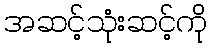
အဆင့်သုံးဆင့်ကို